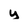
Character: y